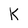
Character: k